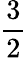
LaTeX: \frac{3}{2}